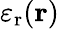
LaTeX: \varepsilon_{\mathrm{{r}}}({\mathbf{r}})